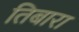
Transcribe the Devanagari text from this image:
तिबारा